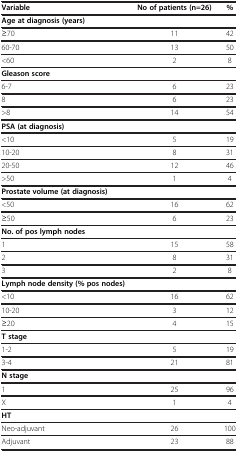
| Variable | No of patients (n=26) | % |
 | --- | --- | --- |
 | Age at diagnosis (years) |  |  |
 | ≥70 | 11 | 42 |
 | 60-70 | 13 | 50 |
 | <60 | 2 | 8 |
 | Gleason score |  |  |
 | 6-7 | 6 | 23 |
 | 8 | 6 | 23 |
 | >8 | 14 | 54 |
 | PSA (at diagnosis) |  |  |
 | <10 | 5 | 19 |
 | 10-20 | 8 | 31 |
 | 20-50 | 12 | 46 |
 | >50 | 1 | 4 |
 | Prostate volume (at diagnosis) |  |  |
 | <50 | 16 | 62 |
 | ≥50 | 6 | 23 |
 | No. of pos lymph nodes |  |  |
 | 1 | 15 | 58 |
 | 2 | 8 | 31 |
 | 3 | 2 | 8 |
 | Lymph node density (% pos nodes) |  |  |
 | <10 | 16 | 62 |
 | 10-20 | 3 | 12 |
 | ≥20 | 4 | 15 |
 | T stage |  |  |
 | 1-2 | 5 | 19 |
 | 3-4 | 21 | 81 |
 | N stage |  |  |
 | 1 | 25 | 96 |
 | X | 1 | 4 |
 | HT |  |  |
 | Neo-adjuvant | 26 | 100 |
 | Adjuvant | 23 | 88 |